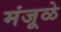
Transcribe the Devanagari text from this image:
मंजूळे